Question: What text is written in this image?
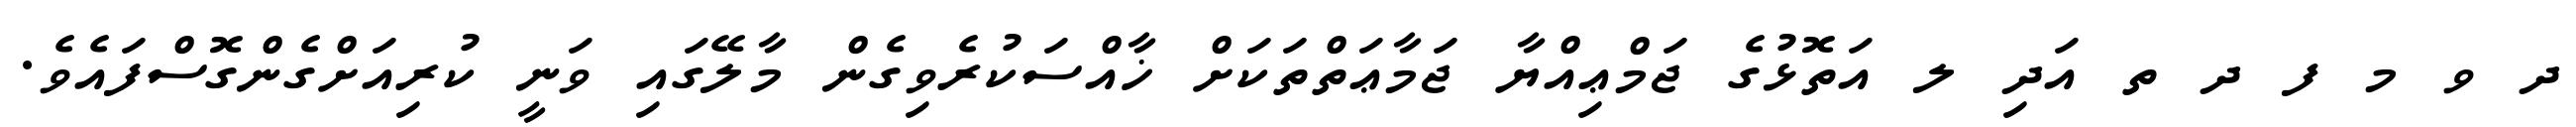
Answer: ދ ވ މ ފ ދ ތ އަދި ލ އަތޮޅުގެ ޖަމްޢިއްޔާ ޖަމާޢަތްތަކަށް ޚާއްސަކުރެވިގެން މާލޭގައި ވަނީ ކުރިއަށްގެންގޮސްފައެވެ.